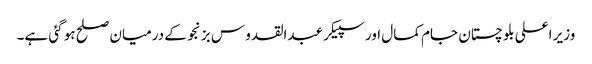
وزیر اعلی بلو چستان جام کمال اور سپیکر عبدالقدو س بزنجو کے درمیان صلح ہو گئی ہے۔